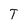
Character: T